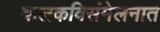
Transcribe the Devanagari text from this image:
बालकविसंमेलनात